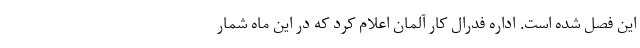
این فصل شده است. اداره فدرال کار آلمان اعلام کرد که در این ماه شمار